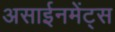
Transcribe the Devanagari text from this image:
असाईनमेंट्स